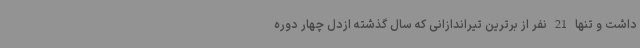
داشت و تنها 21 نفر از برترین تیراندازانی که سال گذشته ازدل چهار دوره